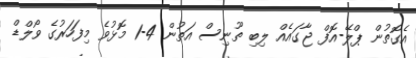
އެގޮތުން ޕްލޭ-އޮފް ޖާގައެއް ލިބި ތޫނިސް އަތުން 4-1 މޮޅުވެ މިފަހަރުގެ ވޯލްޑް